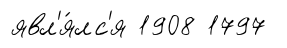
явл'я́лс'я 1908 1797